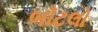
બૉટલો